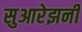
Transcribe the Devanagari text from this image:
सुआरेझनी